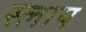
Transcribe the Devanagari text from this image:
स्लाय